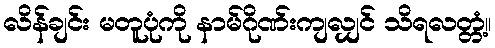
လိန်ချင်း မတူပုံကို နာမ်ဂိုဏ်းကျလျှင် သိရလတ္တံ့။